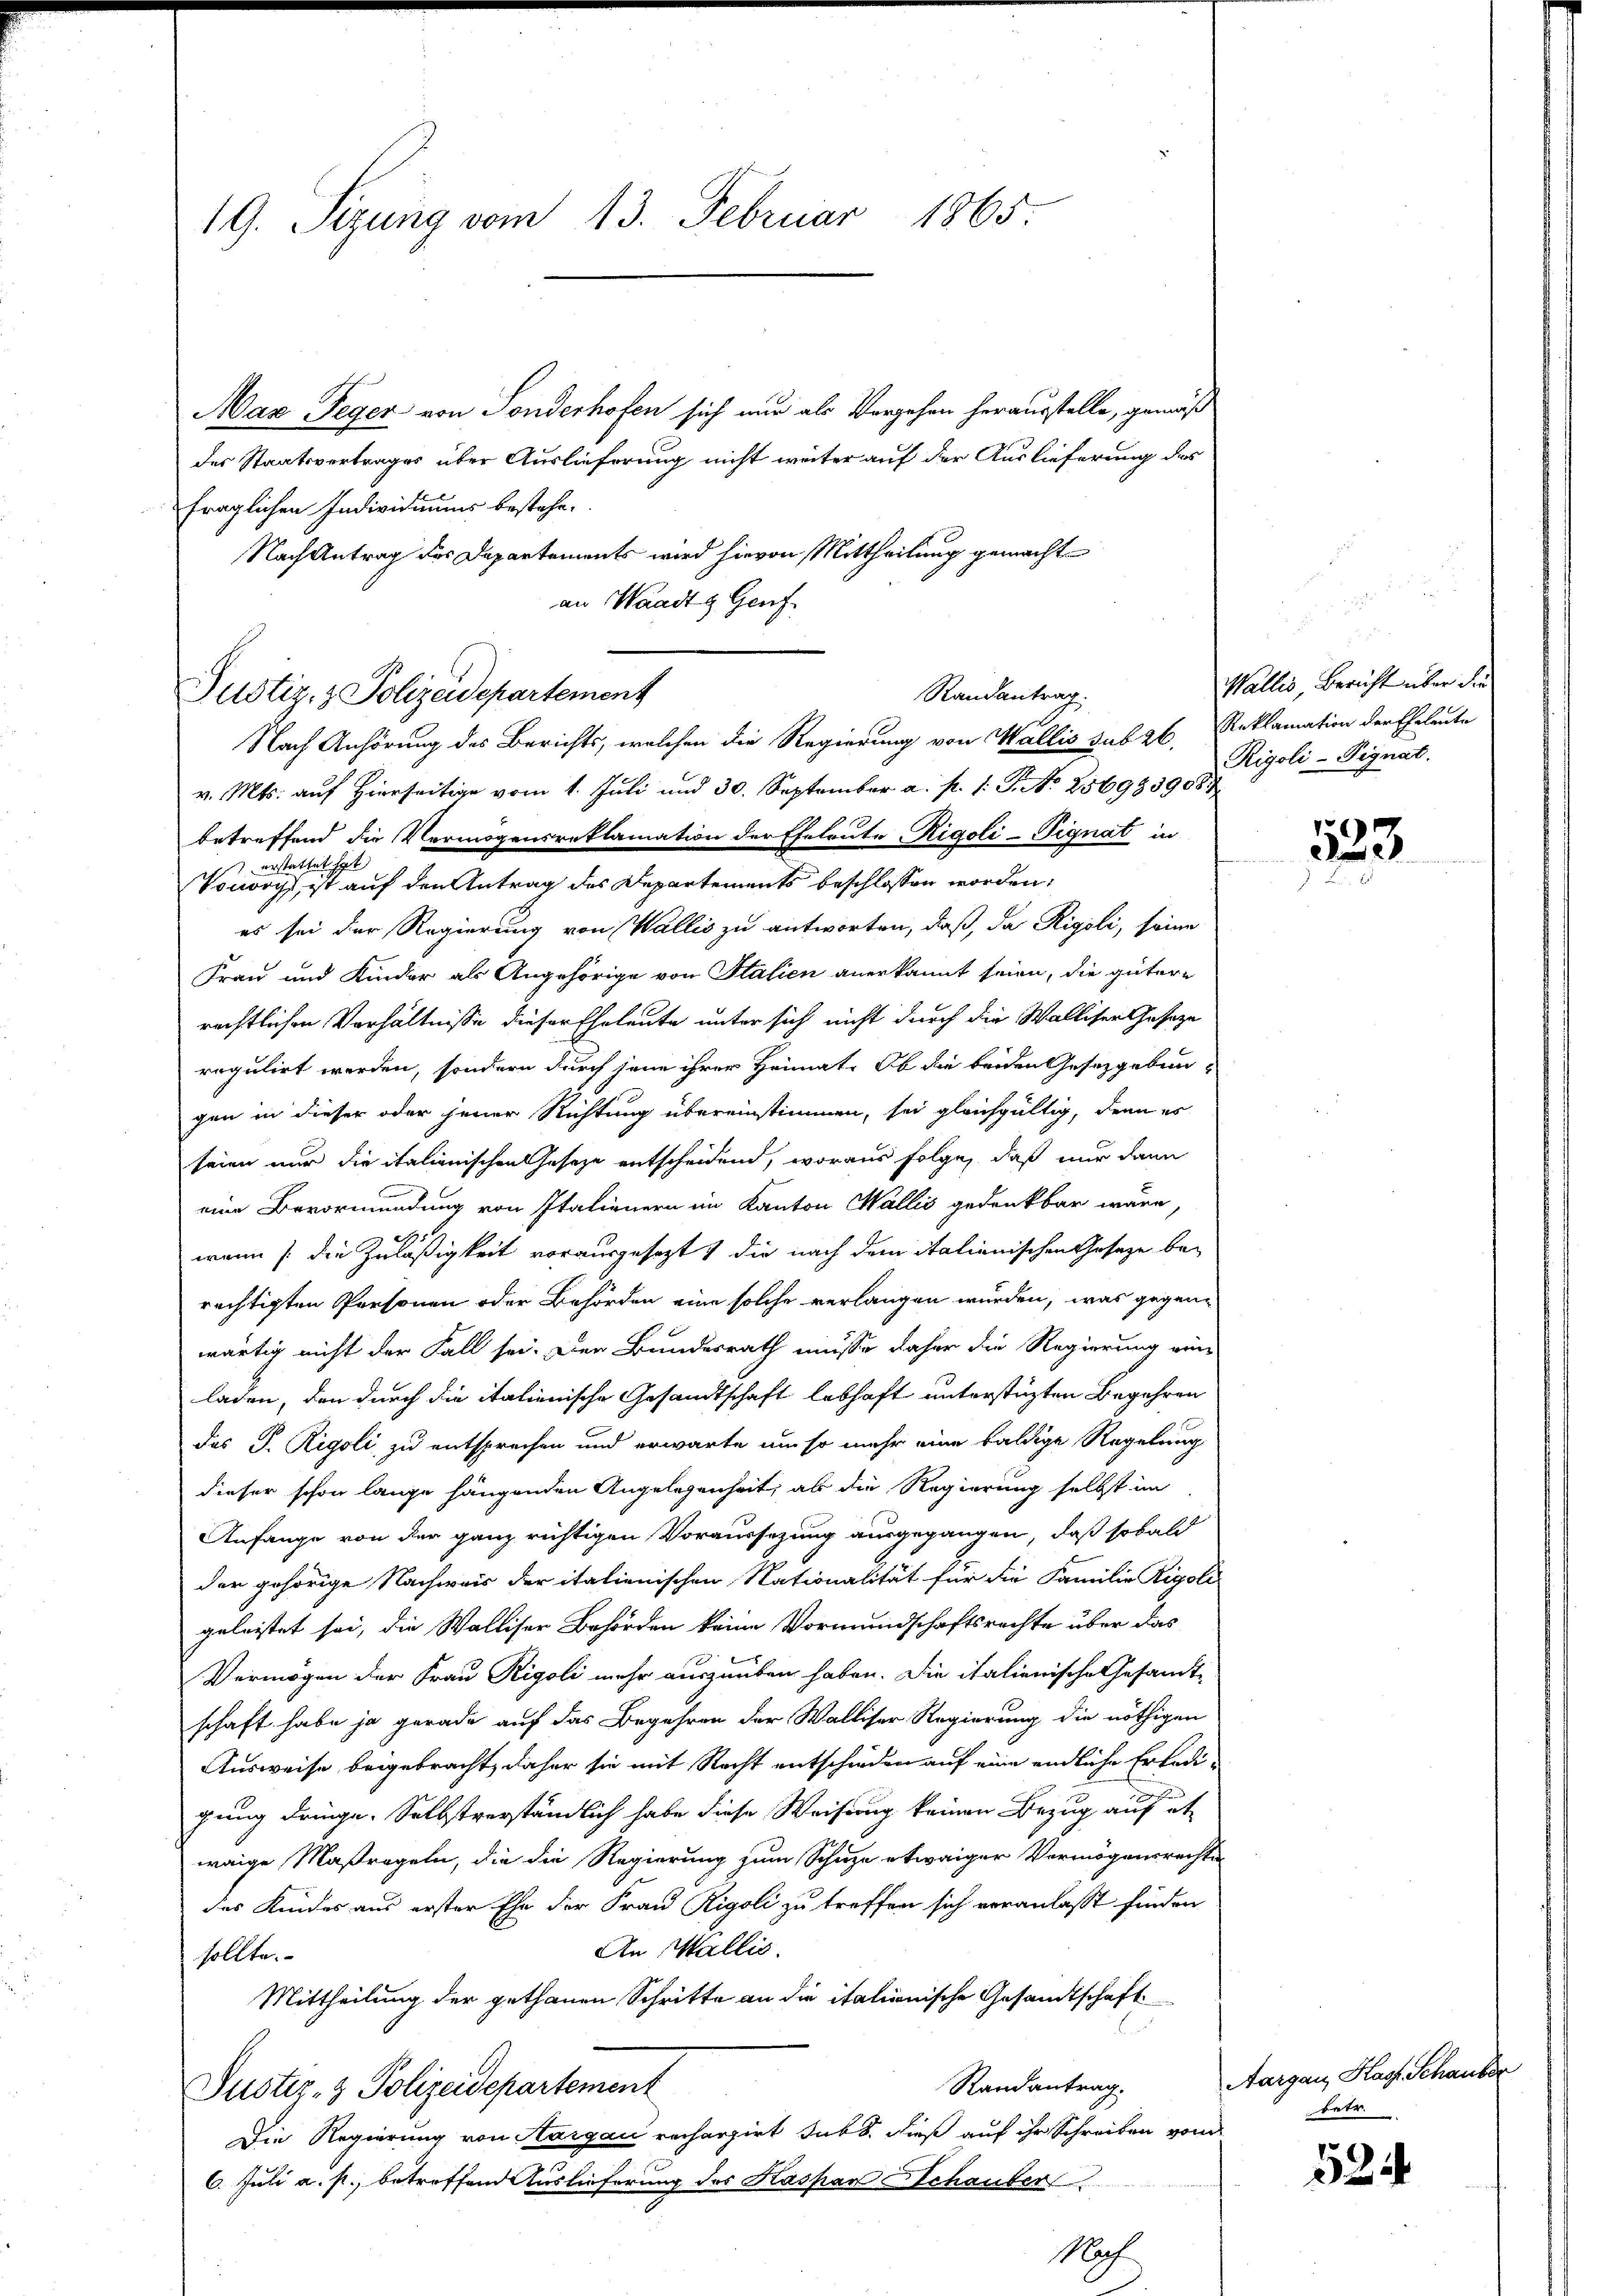
19. Sitzung vom 13. Februar 1865.

Aaz Teger von Sonderhofen sich nur als Vergehen herausstelle, gemäß
des Staatsvertrages über Auslieferung nicht weiter auf der Auslieferung des
fraglichen Individuums bestehe.
Nach Antrag des Departements wird hievon Mittheilung gemachte
an Waadt Genf.
v. Mts. auf hierseitige vom 1. Juli und 30. September a. p. 1. G. No 256985908.
betreffend die Vermögensreklamation der Eheleute Rigoli-Pignat in
 erstattet hat
Vonwoch, ist auf den Antrag des Departements beschlossen worden:
es sei der Regierung von Wallis zu antworten, daß, da Rigoli, seine
Frau und Kinder als Angehörige von Italien anerkannt seien, die gütere
rechtlichen Verhältnisse dieser Eheleute unter sich nicht durch die Walliser Geseze
regulirt werden, sondern durch jene ihrer Heimat. Ob die beiden Gesetzgebun-
gen in dieser oder jener Richtung übereinstimmen, sei gleichgültig, denn es
seien nur die italienischen Gesetze entscheidend, woraus folge, daß nur dann
eine Bevormundung von Italienern im Kanton Wallis gedankbar wäre,
wann die Zuläßigkeit vorausgesezt die nach dem italianischen Gesetze berechtigten Personen oder Behörden eine solche verlangen wurden, was gegen-
wärtig nicht der Fall sei. Der Bundesrath müsse daher die Regierung ein
laden, den durch die italienische Gesandtschaft lebhaft unterstüzten Begehren
das J. Rigoli zu entsprechen und erwarte um so mehr eine baldige Regelung
dieser schon lange hängenden Angelegenheit, als die Regierung selbst im
Anfange von der ganz richtigen Voraussetzung ausgegangen, daß sobald
der gehörige Nachweis der italienischen Nationalität für die Familie Rigoli
geleistet sei, die Walliser Behörden keine Vormundschaftsrechte über das
Vermögen der Frau Rigoli mehr auszuüben haben. Die italienische Gesamt-
schaft habe ja gerade auf das Begehren der Walliser Regierung die nöthigen
Ausweise beigebracht, daher sie mit Recht entschieden auf eine endliche Erledi-
gung dringe. Selbstverständlich habe diese Weisung keinen Bezug auf et
waige Maßregeln, die die Regierung zum Schuze etwaiger Vermögensrechte
das Kindes aus erster Ehe der Frau Rigoli zu treffen sich veranlasst finden
An Wallis.
sollte.
Mittheilung der gethanen Schritte an die italionische Gesandtschaft
d
Randantrag.
Justiz- & Polizeidepartement
Die Regierung von Aargau rechargirt sub. Dieß auf ihr Schreiben vom
6. Juli a. p., betreffend Auslieferung des Kaspar Schauber
Noch

Justiz- & Polizeidepartement

Randantrag.
Nach Anhörung des Berichts, welchen die Regierung von Wallis sub 26, Reklamation der Eheleute

Wallis, Bericht über die
Rigoli-Pignat.

523.

Aargau, Hast. Schausse
betr.

524